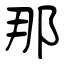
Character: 那